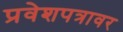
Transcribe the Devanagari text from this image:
प्रवेशपत्रावर